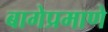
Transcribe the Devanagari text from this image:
बागेप्रमाणे